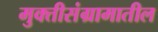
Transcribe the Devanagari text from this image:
मुक्तीसंग्रामातील